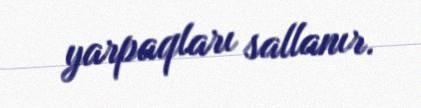
yarpaqları sallanır.